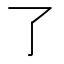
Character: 了